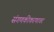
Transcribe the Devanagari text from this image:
संगणकीकरणावर